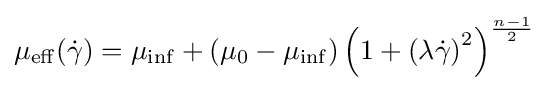
\mu _{\operatorname {eff} }({\dot {\gamma }})=\mu _{\operatorname {\inf } }+(\mu _{0}-\mu _{\operatorname {\inf } })\left(1+\left(\lambda {\dot {\gamma }}\right)^{2}\right)^{\frac {n-1}{2}}